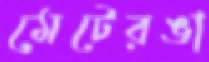
মেটেরঙা